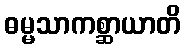
ဓမ္မသာကစ္ဆာယာတိ